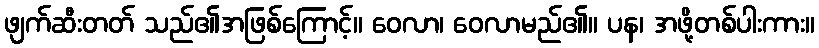
ဖျက်ဆီးတတ် သည်၏အဖြစ်ကြောင့်။ ဝေလာ၊ ဝေလာမည်၏။ ပန၊ အဖို့တစ်ပါးကား။